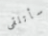
سأتلقى